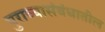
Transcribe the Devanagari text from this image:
पुराव्यासंबंधातील